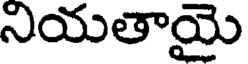
నియతాయై